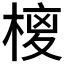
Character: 𭫉